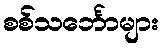
စစ်သင်္ဘောများ